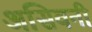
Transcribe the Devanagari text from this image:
असिवनी